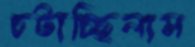
চটাচ্ছিলাম